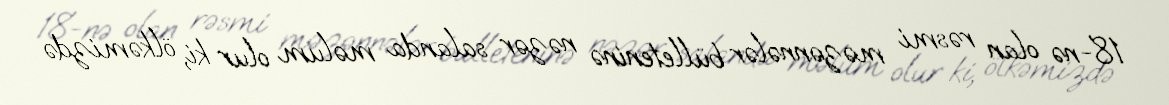
18-nə olan rəsmi məzənnələr bülleteninə nəzər salanda məlum olur ki, ölkəmizdə